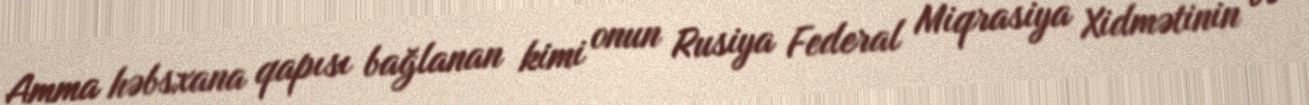
Amma həbsxana qapısı bağlanan kimi onun Rusiya Federal Miqrasiya Xidmətinin və